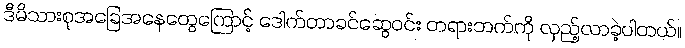
ဒီမိသားစုအခြေအနေတွေကြောင့် ဒေါက်တာခင်ဆွေဝင်း တရားဘက်ကို လှည့်လာခဲ့ပါတယ်။